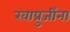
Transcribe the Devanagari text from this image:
खाप्रुजींना